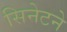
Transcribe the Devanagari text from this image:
सिनेटने